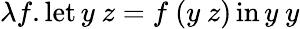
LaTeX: \lambda f.\operatorname{let}y\ z=f\ (y\ z)\operatorname{in}y\ y